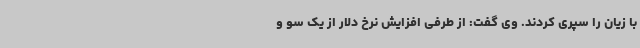
با زیان را سپری کردند. وی گفت: از طرفی افزایش نرخ دلار از یک سو و